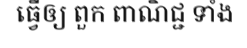
ធ្វើឲ្យ ពួក ពាណិជ្ជ ទាំង